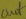
Text: out